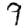
Digit: 9